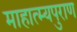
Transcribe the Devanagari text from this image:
माहात्म्यपुराण